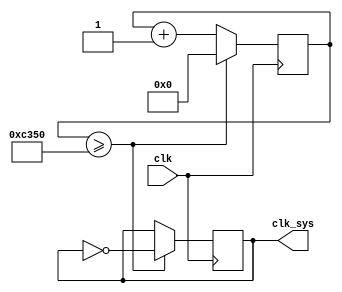
`timescale 1ns / 1ps
//////////////////////////////////////////////////////////////////////////////////
// Company: 
// Engineer: 
// 
// Design Name: 
// Module Name: CLOCK_DIV
// Project Name: 
// Target Devices: 
// Tool Versions: 
// Description: 
// 
// Dependencies: 
// 
// Revision:
// Revision 0.01 - File Created
// Additional Comments:
// 
//////////////////////////////////////////////////////////////////////////////////


module clock_div(
    input clk, //100MHz
    output reg clk_sys = 0 // 0
    );
    reg [25:0] div_counter = 0;
    always @(posedge clk) begin
        //if(div_counter>=50) begin //  
        if(div_counter>=50000) begin //   
            clk_sys <= ~clk_sys; // 
            div_counter <= 0;
        end else begin
            div_counter <= div_counter + 1;
        end
    end
endmodule